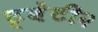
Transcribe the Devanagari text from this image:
ट्वेंटी२